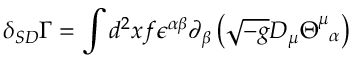
\delta _ { S D } \Gamma = \int d ^ { 2 } x f \epsilon ^ { \alpha \beta } \partial _ { \beta } \left( \sqrt { - g } D _ { \mu } \Theta _ { \; \; \alpha } ^ { \mu } \right)